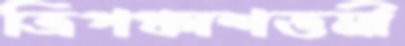
ত্রিপঞ্চাশত্তমী